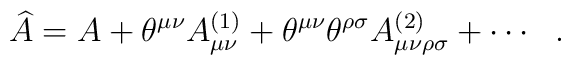
\widehat{A}=A+\theta^{\mu\nu}A^{(1)}_{\mu\nu}+\theta^{\mu\nu}\theta^{\rho\sigma}A^{(2)}_{\mu\nu\rho\sigma}+\cdots \ \ .